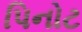
પિનોટ